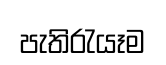
පැතිරැයෑම